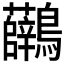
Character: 𪈟